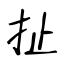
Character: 扯